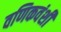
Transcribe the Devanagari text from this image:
वणिकवंशी